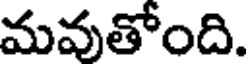
మవుతోంది.